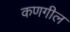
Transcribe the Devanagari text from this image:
कणगील